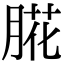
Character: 㬸